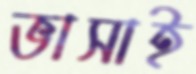
ভাসাই